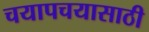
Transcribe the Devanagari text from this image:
चयापचयासाठी